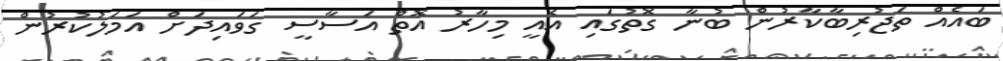
ބައެއް ތަޖުރިބާކާރުން ބުނާ ގޮތުގައި އެއީ މިހާރު އޮތް އަސާސީ ގަވައިދަށް އަމަލުކުރުން